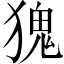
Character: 𪻆